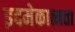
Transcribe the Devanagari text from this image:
इदमेकात्मता